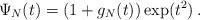
LaTeX: \begin{align*}\Psi_N(t)=(1+g_N(t))\exp(t^2)\,.\end{align*}